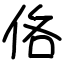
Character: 佫